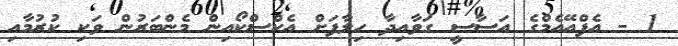
1 - އެފްއޭއެމްގެ އަސާސީ ގަވާއިދާ ހިލާފަށް އެކްސްކޯއިން މެންބަރުން ވަކި ކުރުމާއި